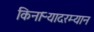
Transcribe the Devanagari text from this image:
किनाऱ्यादरम्यान